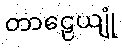
တာဠေယျုံ